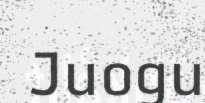
Juogu